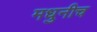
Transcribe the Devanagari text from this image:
मधुनीच